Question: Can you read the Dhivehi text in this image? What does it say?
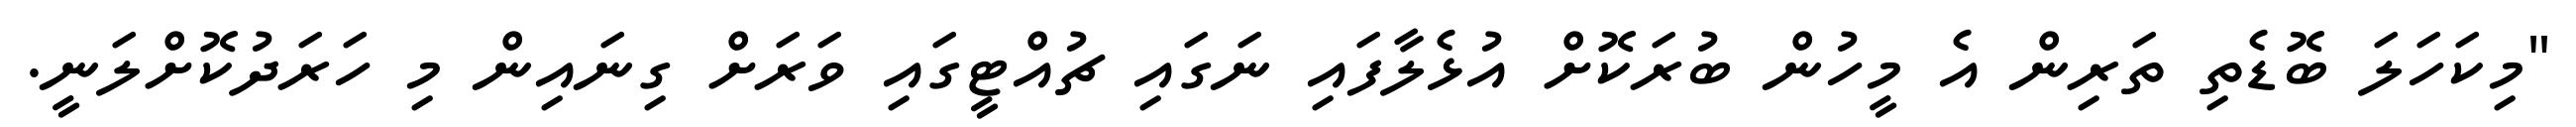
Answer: "މިކަހަލަ ބޮޑެތި ތަރިން އެ މީހުން ބުރަކޮށް އުޅެލާފައި ނަގައި ޗުއްޓީގައި ވަރަށް ގިނައިން މި ހަރަދުކޮށްލަނީ.